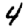
Digit: 4